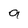
Character: 9